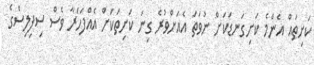
ކަށިތައް އެންމެ ކަށިގަނޑަކަށް ނުވަތަ އެއަށްވުރެ ގިނަ ކަށިތަކަށް އެއްފަހަރާ ވެސް ސިިފިލިސްގެ